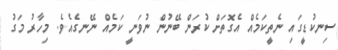
ސިނކުޑީގައި ނެތީކަމެއް އެގޮތަށް ކުރަން ބޭނުން ނުވަނީ ކަމެއް ނޭނގެއެވެ. މިހާރު މަގު